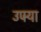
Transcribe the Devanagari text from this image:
उपर्‍या